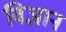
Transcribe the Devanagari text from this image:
विज्ञान